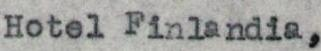
Hotel Finlandia,